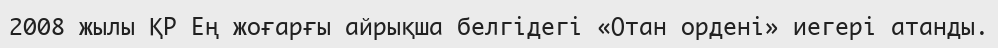
2008 жылы ҚР Ең жоғарғы айрықша белгідегі «Отан ордені» иегері атанды.